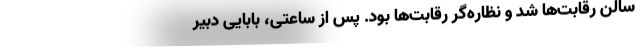
سالن رقابت‌ها شد و نظاره‌گر رقابت‌ها بود. پس از ساعتی، بابایی دبیر